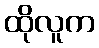
ထိုလူက